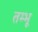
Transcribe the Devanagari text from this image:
तम्भू